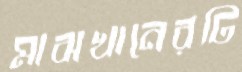
মাঝখানেরটি